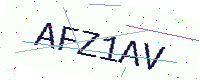
Text: AFZ1AV